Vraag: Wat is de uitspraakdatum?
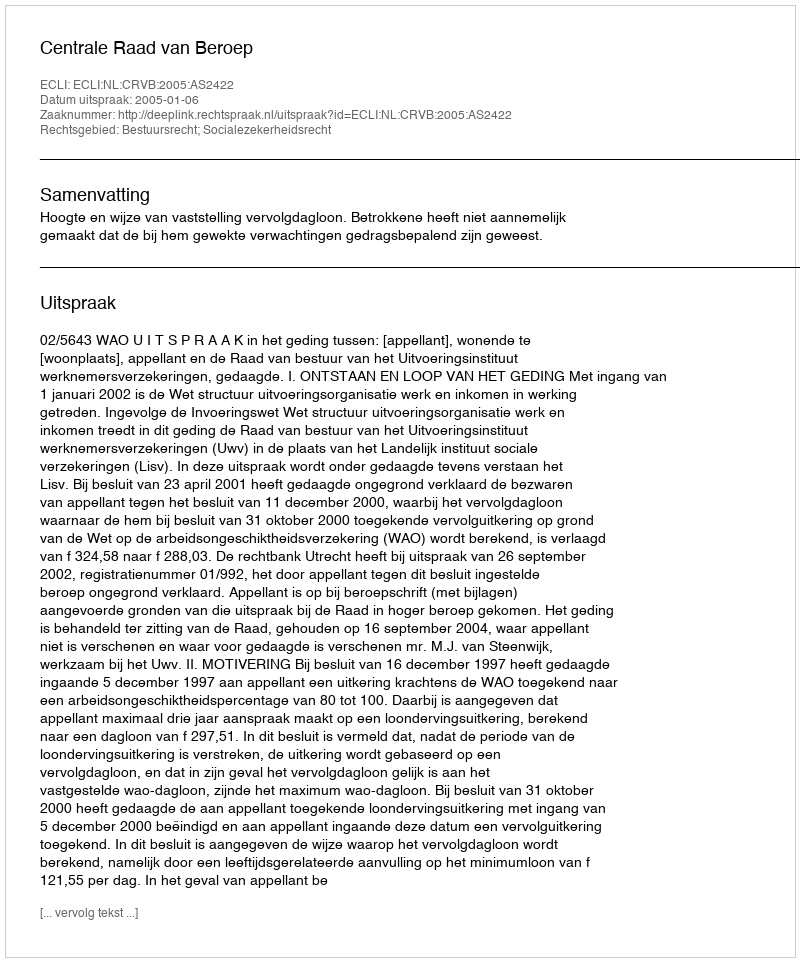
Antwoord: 2005-01-06